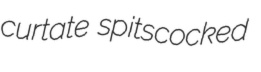
curtate spitscocked